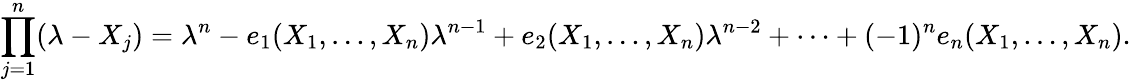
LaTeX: \prod_{j=1}^{n}(\lambda-X_{j})=\lambda^{n}-e_{1}(X_{1},\ldots,X_{n})\lambda^{n-1}+e_{2}(X_{1},\ldots,X_{n})\lambda^{n-2}+\cdots+(-1)^{n}e_{n}(X_{1},\ldots,X_{n}).